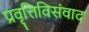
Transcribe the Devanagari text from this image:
प्रवृत्तिविसंवाद